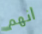
انهم